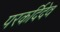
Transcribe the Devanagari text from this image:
परकर्दिदेव